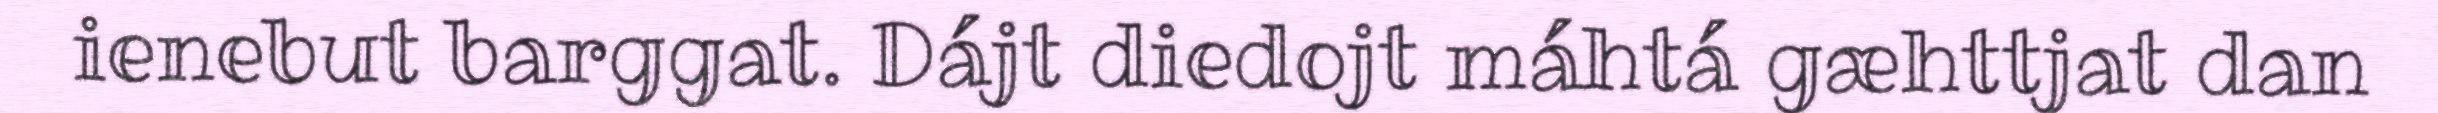
ienebut barggat. Dájt diedojt máhtá gæhttjat dan